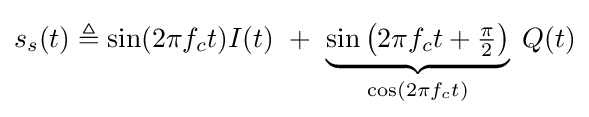
s_{s}(t)\triangleq \sin(2\pi f_{c}t)I(t)\ +\ \underbrace {\sin \left(2\pi f_{c}t+{\tfrac {\pi }{2}}\right)} _{\cos \left(2\pi f_{c}t\right)}\;Q(t)